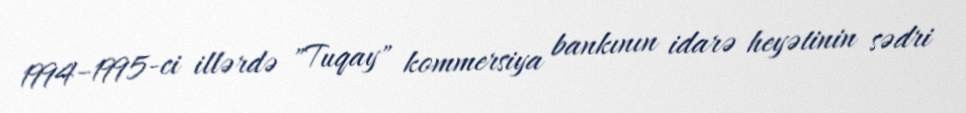
1994–1995-ci illərdə "Tuqay" kommersiya bankının idarə heyətinin sədri